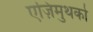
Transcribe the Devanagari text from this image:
एज़िमुथको